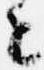
々